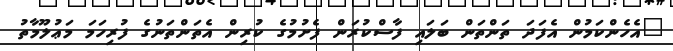
"އެހެންކަމުން އެފަދަ ތަންތަން ބަލައި ފާސްކުރަން ފެށުމުގެ ކުރިން އެތަންތަނުގެ ފުރިހަމަ މަޢުލޫމާތު